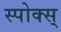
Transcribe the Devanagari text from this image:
स्पोक्स्